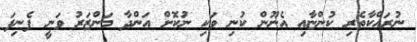
ނުރައްކާތެރި ކުންޏާއި އެނޫން ކުނި ވަކި ނުކޮށް އަންދާ މަންޒަރު ވަނީ ފެނިފަ